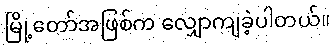
မြို့တော်အဖြစ်က လျှောကျခဲ့ပါတယ်။